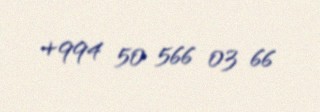
+994 50 566 03 66